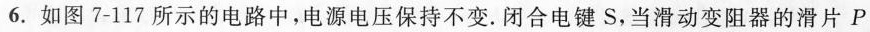
6.如图7-117所示的电路中，电源电压保持不变.闭合电键S，当滑动变阻器的滑片P